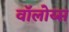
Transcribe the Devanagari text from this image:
वॉलोय्स